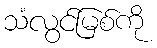
သံလွင်မြစ်ကို